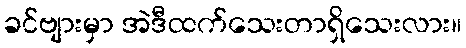
ခင်ဗျားမှာ အဲဒီထက်သေးတာရှိသေးလား။